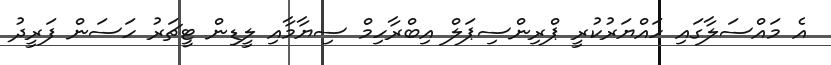
އެ މައްސަލާގައި ހައްޔަރުކުރީ ޕްރިންސިޕަލް އިބްރާހިމް ސިޔާމާއި ލީޑިން ޓީޗަރު ހަސަން ފަރީދު